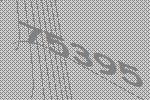
75395